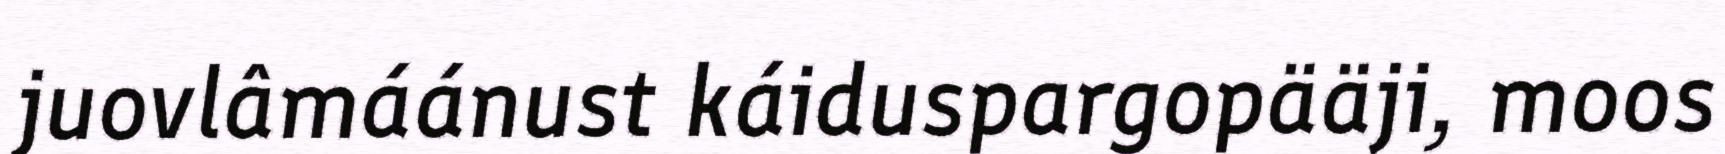
juovlâmáánust káiduspargopääji, moos